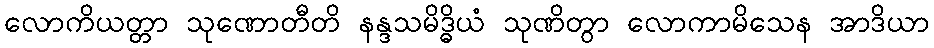
လောကိယတ္တာ သုဏောတီတိ နန္ဒသမိဒ္ဓိယံ သုဏိတွာ လောကာမိသေန အာဒိယာ